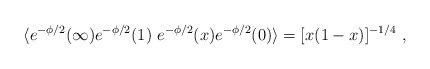
\begin{align*} \langle e ^{-\phi/2}(\infty)e ^{-\phi/2}(1)\ e^{-\phi/2}(x) e ^{-\phi/2}(0) \rangle = [x(1-x)]^{-1/4}\ ,\end{align*}